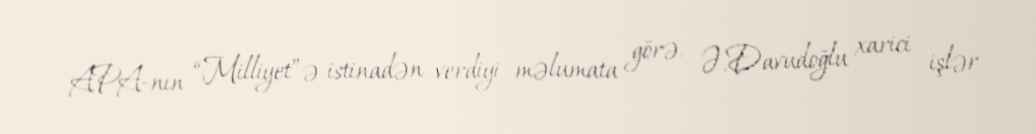
APA-nın “Milliyet”ə istinadən verdiyi məlumata görə, Ə.Davudoğlu xarici işlər